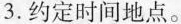
3.约定时间地点。